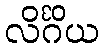
လိင်္ဂိယ